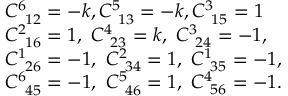
\begin{array} { r } { \begin{array} { r l } & { C _ { ~ 1 2 } ^ { 6 } = - k , C _ { ~ 1 3 } ^ { 5 } = - k , C _ { ~ 1 5 } ^ { 3 } = 1 } \\ & { C _ { ~ 1 6 } ^ { 2 } = 1 , ~ C _ { ~ 2 3 } ^ { 4 } = k , ~ C _ { ~ 2 4 } ^ { 3 } = - 1 , } \\ & { C _ { ~ 2 6 } ^ { 1 } = - 1 , ~ C _ { ~ 3 4 } ^ { 2 } = 1 , ~ C _ { ~ 3 5 } ^ { 1 } = - 1 , } \\ & { C _ { ~ 4 5 } ^ { 6 } = - 1 , ~ C _ { ~ 4 6 } ^ { 5 } = 1 , ~ C _ { ~ 5 6 } ^ { 4 } = - 1 . } \end{array} } \end{array}